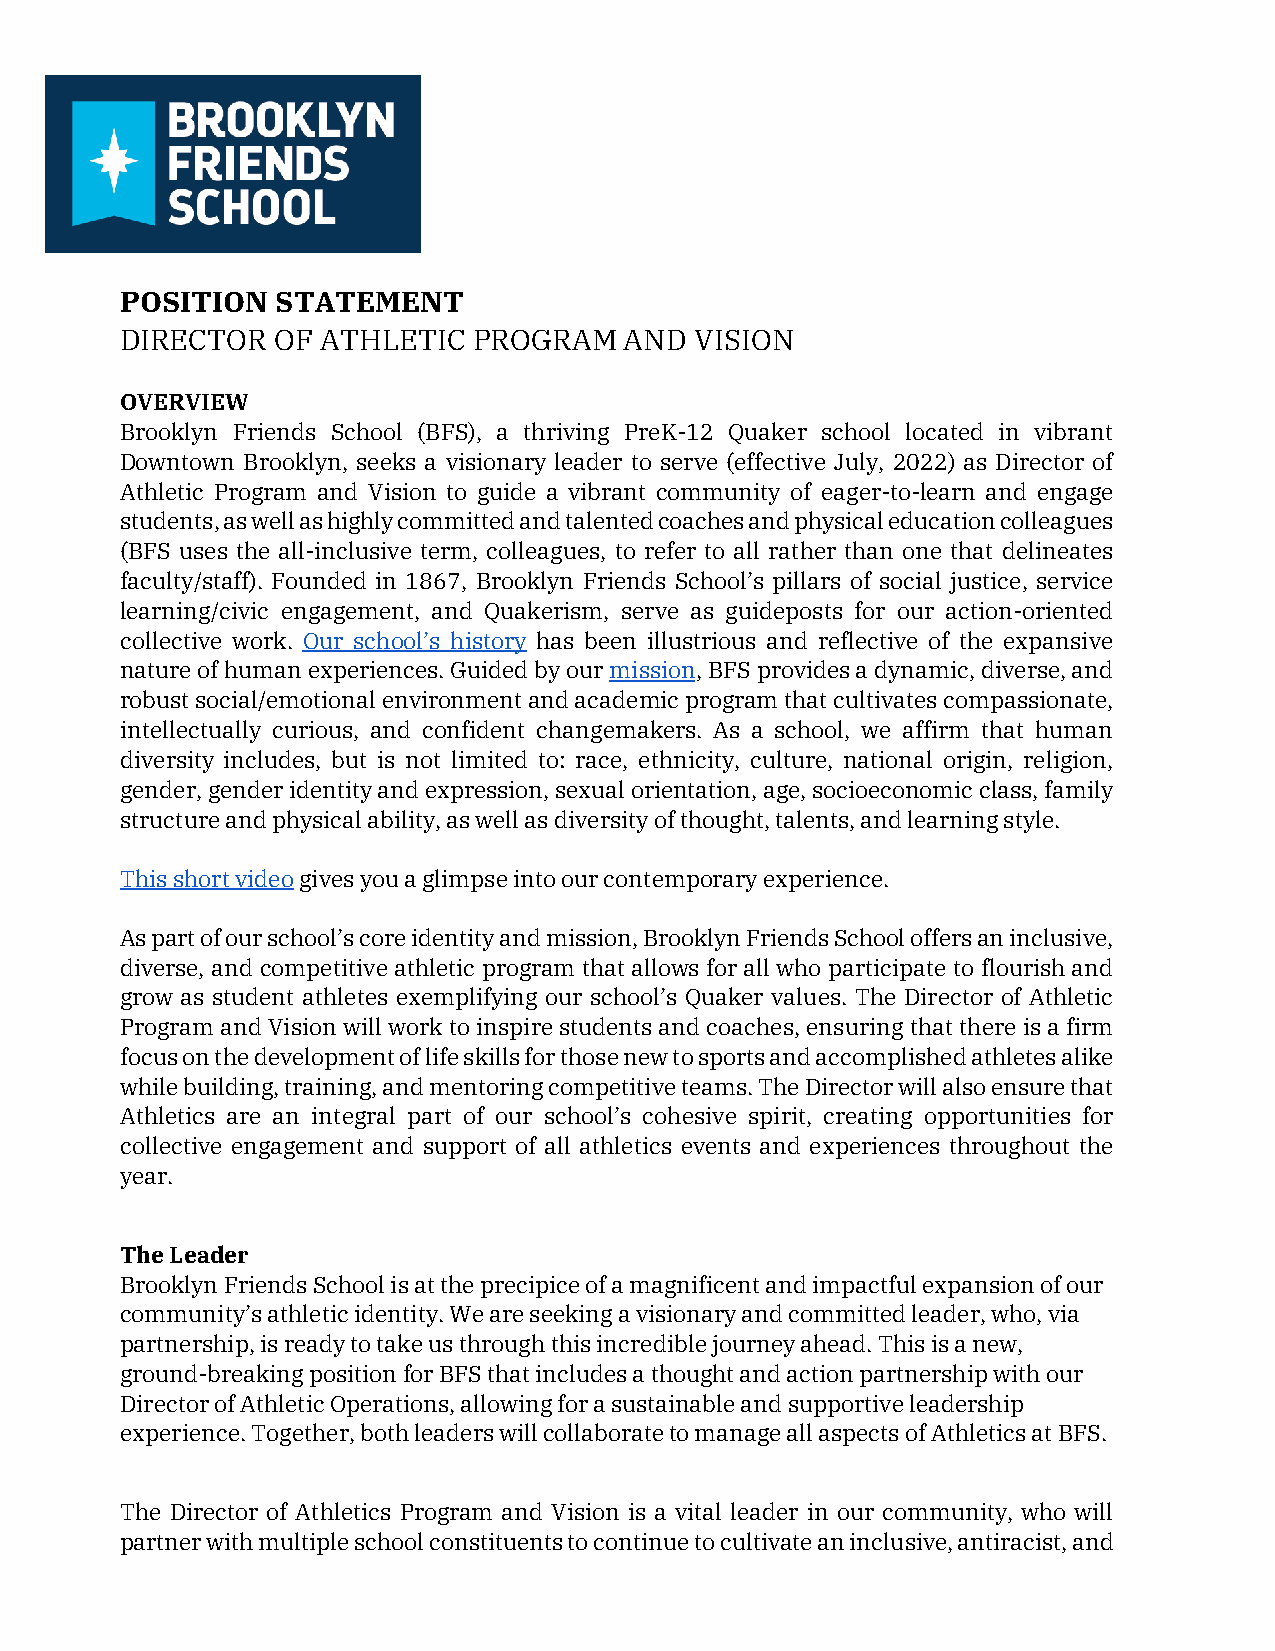
POSITION  STATEMENT
 DIRECTOR  OF ATHLETIC  PROGRAM   AND  VISION
 OVERVIEW
 Brooklyn Friends School (BFS), a thriving PreK-12 Quaker school located in vibrant
 Downtown Brooklyn, seeks a visionary leader to serve (effective July, 2022) as Director of
 Athletic Program and Vision to guide a vibrant community of eager-to-learn and engage
 students, as well as highly committed and talented coaches and physical education colleagues
 (BFS uses the all-inclusive term, colleagues, to refer to all rather than one that delineates
 faculty/staff). Founded in 1867, Brooklyn Friends School’s pillars of social justice, service
 learning/civic engagement, and Quakerism, serve as guideposts for our action-oriented
 collective work. Our school’s history has been illustrious and reflective of the expansive
 nature of human experiences. Guided by our mission, BFS provides a dynamic, diverse, and
 robust social/emotional environment and academic program that cultivates compassionate,
 intellectually curious, and confident changemakers. As a school, we affirm that human
 diversity includes, but is not limited to: race, ethnicity, culture, national origin, religion,
 gender, gender identity and expression, sexual orientation, age, socioeconomic class, family
 structure and physical ability, as well as diversity of thought, talents, and learning style.
 This short video gives you a glimpse into our contemporary experience.
 As part of our school’s core identity and mission, Brooklyn Friends School offers an inclusive,
 diverse, and competitive athletic program that allows for all who participate to flourish and
 grow as student athletes exemplifying our school’s Quaker values. The Director of Athletic
 Program and Vision will work to inspire students and coaches, ensuring that there is a firm
 focus on the development of life skills for those new to sports and accomplished athletes alike
 while building, training, and mentoring competitive teams. The Director will also ensure that
 Athletics are an integral part of our school’s cohesive spirit, creating opportunities for
 collective engagement and support of all athletics events and experiences throughout the
 year.
 The Leader
 Brooklyn Friends School is at the precipice of a magnificent and impactful expansion of our
 community’s athletic identity. We are seeking a visionary and committed leader, who, via
 partnership, is ready to take us through this incredible journey ahead. This is a new,
 ground-breaking position for BFS that includes a thought and action partnership with our
 Director of Athletic Operations, allowing for a sustainable and supportive leadership
 experience. Together, both leaders will collaborate to manage all aspects of Athletics at BFS.
 The Director of Athletics Program and Vision is a vital leader in our community, who will
 partner with multiple school constituents to continue to cultivate an inclusive, antiracist, and